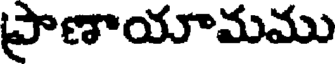
ప్రాణాయామము